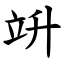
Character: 竔